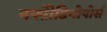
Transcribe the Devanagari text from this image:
नफ्ऱेीडियोपोर्स